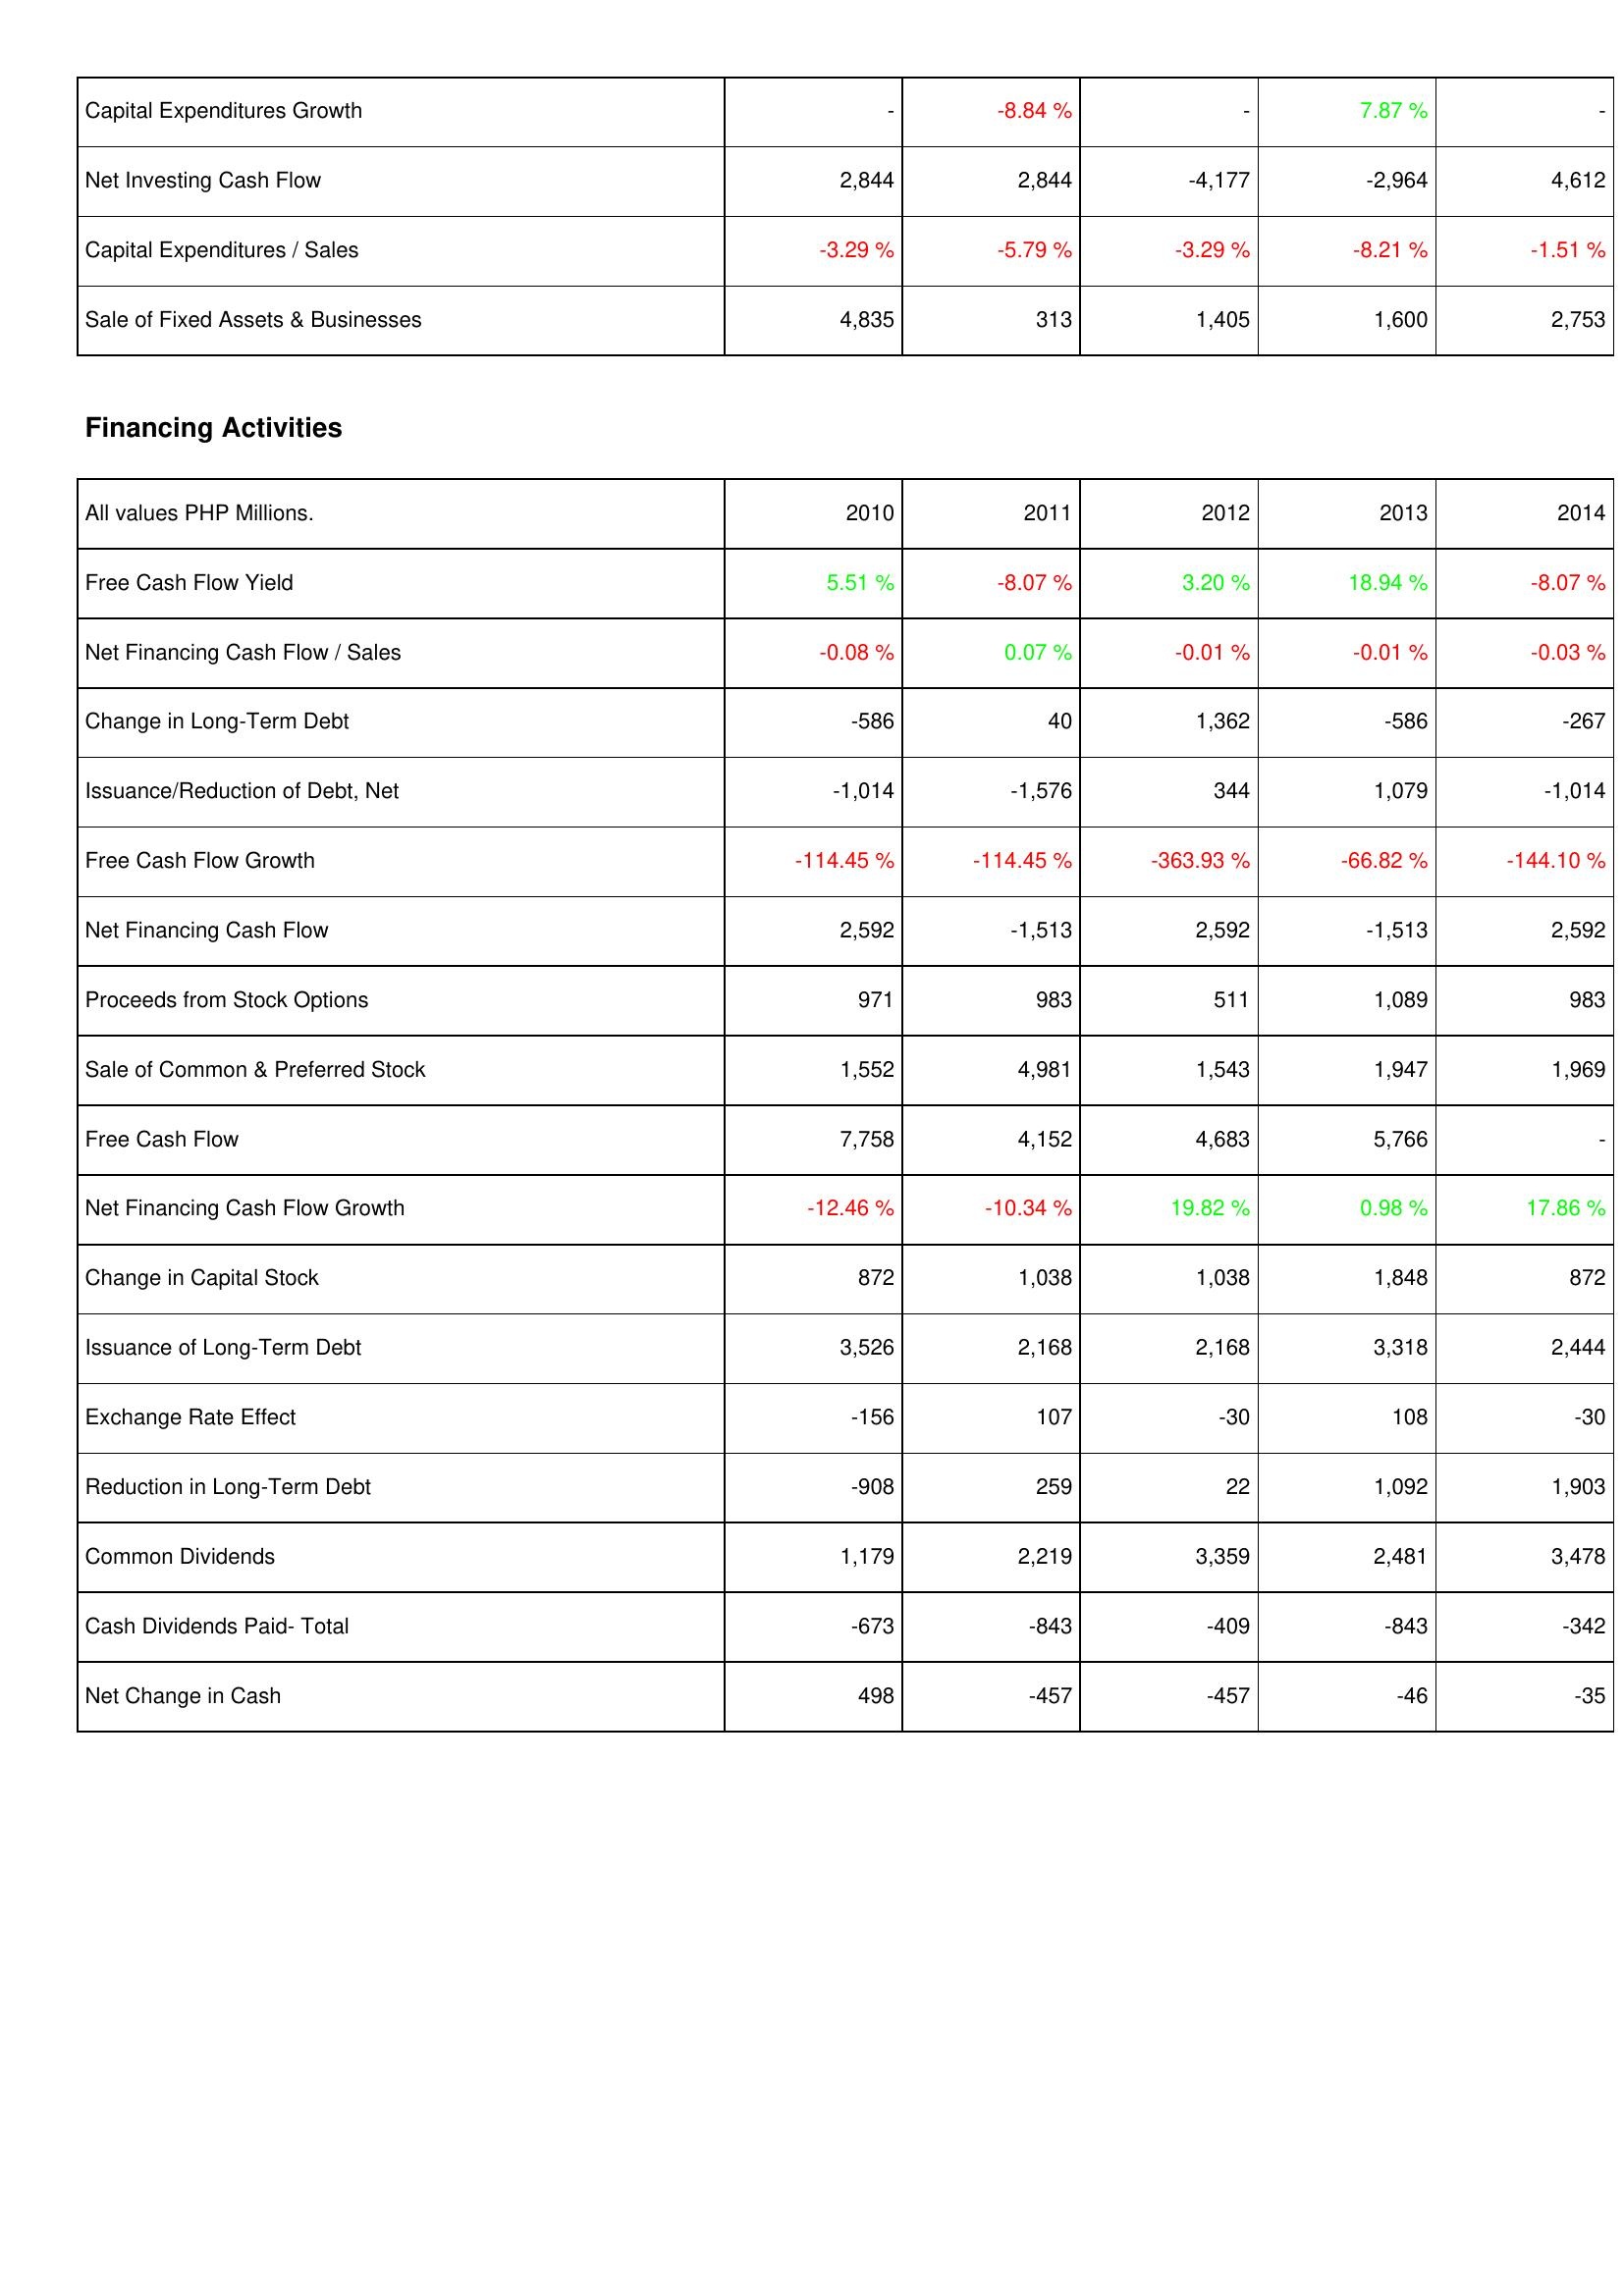
2010: Investing Activities: Capital Expenditures Growth: -
Net Investing Cash Flow: 2,844
Capital Expenditures / Sales: -3.29 %
Sale of Fixed Assets & Businesses: 4,835
Financing Activities: Free Cash Flow Yield: 5.51 %
Net Financing Cash Flow / Sales: -0.08 %
Change in Long-Term Debt: -586
Issuance/Reduction of Debt, Net: -1,014
Free Cash Flow Growth: -114.45 %
Net Financing Cash Flow: 2,592
Proceeds from Stock Options: 971
Sale of Common & Preferred Stock: 1,552
Free Cash Flow: 7,758
Net Financing Cash Flow Growth: -12.46 %
Change in Capital Stock: 872
Issuance of Long-Term Debt: 3,526
Exchange Rate Effect: -156
Reduction in Long-Term Debt: -908
Common Dividends: 1,179
Cash Dividends Paid- Total: -673
Net Change in Cash: 498
2011: Investing Activities: Capital Expenditures Growth: -8.84 %
Net Investing Cash Flow: 2,844
Capital Expenditures / Sales: -5.79 %
Sale of Fixed Assets & Businesses: 313
Financing Activities: Free Cash Flow Yield: -8.07 %
Net Financing Cash Flow / Sales: 0.07 %
Change in Long-Term Debt: 40
Issuance/Reduction of Debt, Net: -1,576
Free Cash Flow Growth: -114.45 %
Net Financing Cash Flow: -1,513
Proceeds from Stock Options: 983
Sale of Common & Preferred Stock: 4,981
Free Cash Flow: 4,152
Net Financing Cash Flow Growth: -10.34 %
Change in Capital Stock: 1,038
Issuance of Long-Term Debt: 2,168
Exchange Rate Effect: 107
Reduction in Long-Term Debt: 259
Common Dividends: 2,219
Cash Dividends Paid- Total: -843
Net Change in Cash: -457
2012: Investing Activities: Capital Expenditures Growth: -
Net Investing Cash Flow: -4,177
Capital Expenditures / Sales: -3.29 %
Sale of Fixed Assets & Businesses: 1,405
Financing Activities: Free Cash Flow Yield: 3.20 %
Net Financing Cash Flow / Sales: -0.01 %
Change in Long-Term Debt: 1,362
Issuance/Reduction of Debt, Net: 344
Free Cash Flow Growth: -363.93 %
Net Financing Cash Flow: 2,592
Proceeds from Stock Options: 511
Sale of Common & Preferred Stock: 1,543
Free Cash Flow: 4,683
Net Financing Cash Flow Growth: 19.82 %
Change in Capital Stock: 1,038
Issuance of Long-Term Debt: 2,168
Exchange Rate Effect: -30
Reduction in Long-Term Debt: 22
Common Dividends: 3,359
Cash Dividends Paid- Total: -409
Net Change in Cash: -457
2013: Investing Activities: Capital Expenditures Growth: 7.87 %
Net Investing Cash Flow: -2,964
Capital Expenditures / Sales: -8.21 %
Sale of Fixed Assets & Businesses: 1,600
Financing Activities: Free Cash Flow Yield: 18.94 %
Net Financing Cash Flow / Sales: -0.01 %
Change in Long-Term Debt: -586
Issuance/Reduction of Debt, Net: 1,079
Free Cash Flow Growth: -66.82 %
Net Financing Cash Flow: -1,513
Proceeds from Stock Options: 1,089
Sale of Common & Preferred Stock: 1,947
Free Cash Flow: 5,766
Net Financing Cash Flow Growth: 0.98 %
Change in Capital Stock: 1,848
Issuance of Long-Term Debt: 3,318
Exchange Rate Effect: 108
Reduction in Long-Term Debt: 1,092
Common Dividends: 2,481
Cash Dividends Paid- Total: -843
Net Change in Cash: -46
2014: Investing Activities: Capital Expenditures Growth: -
Net Investing Cash Flow: 4,612
Capital Expenditures / Sales: -1.51 %
Sale of Fixed Assets & Businesses: 2,753
Financing Activities: Free Cash Flow Yield: -8.07 %
Net Financing Cash Flow / Sales: -0.03 %
Change in Long-Term Debt: -267
Issuance/Reduction of Debt, Net: -1,014
Free Cash Flow Growth: -144.10 %
Net Financing Cash Flow: 2,592
Proceeds from Stock Options: 983
Sale of Common & Preferred Stock: 1,969
Free Cash Flow: -
Net Financing Cash Flow Growth: 17.86 %
Change in Capital Stock: 872
Issuance of Long-Term Debt: 2,444
Exchange Rate Effect: -30
Reduction in Long-Term Debt: 1,903
Common Dividends: 3,478
Cash Dividends Paid- Total: -342
Net Change in Cash: -35